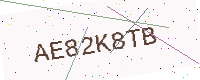
Text: AE82K8TB